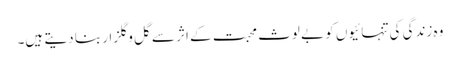
وہ زندگی کی تنہائیوں کو بے لوث محبت کے اثر سے گل و گلزار بنا دیتے ہیں۔